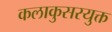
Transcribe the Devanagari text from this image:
कलाकुसरयुक्त